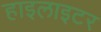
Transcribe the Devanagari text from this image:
हाइलाइटर